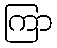
ကြာ